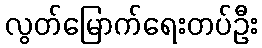
လွတ်မြောက်ရေးတပ်ဦး